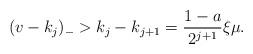
LaTeX: \begin{align*}(v-k_j)_-> k_j-k_{j+1} = \frac {1-a}{2^{j+1}}\xi \mu.\end{align*}